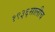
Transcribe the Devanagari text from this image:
१९३६सालीच